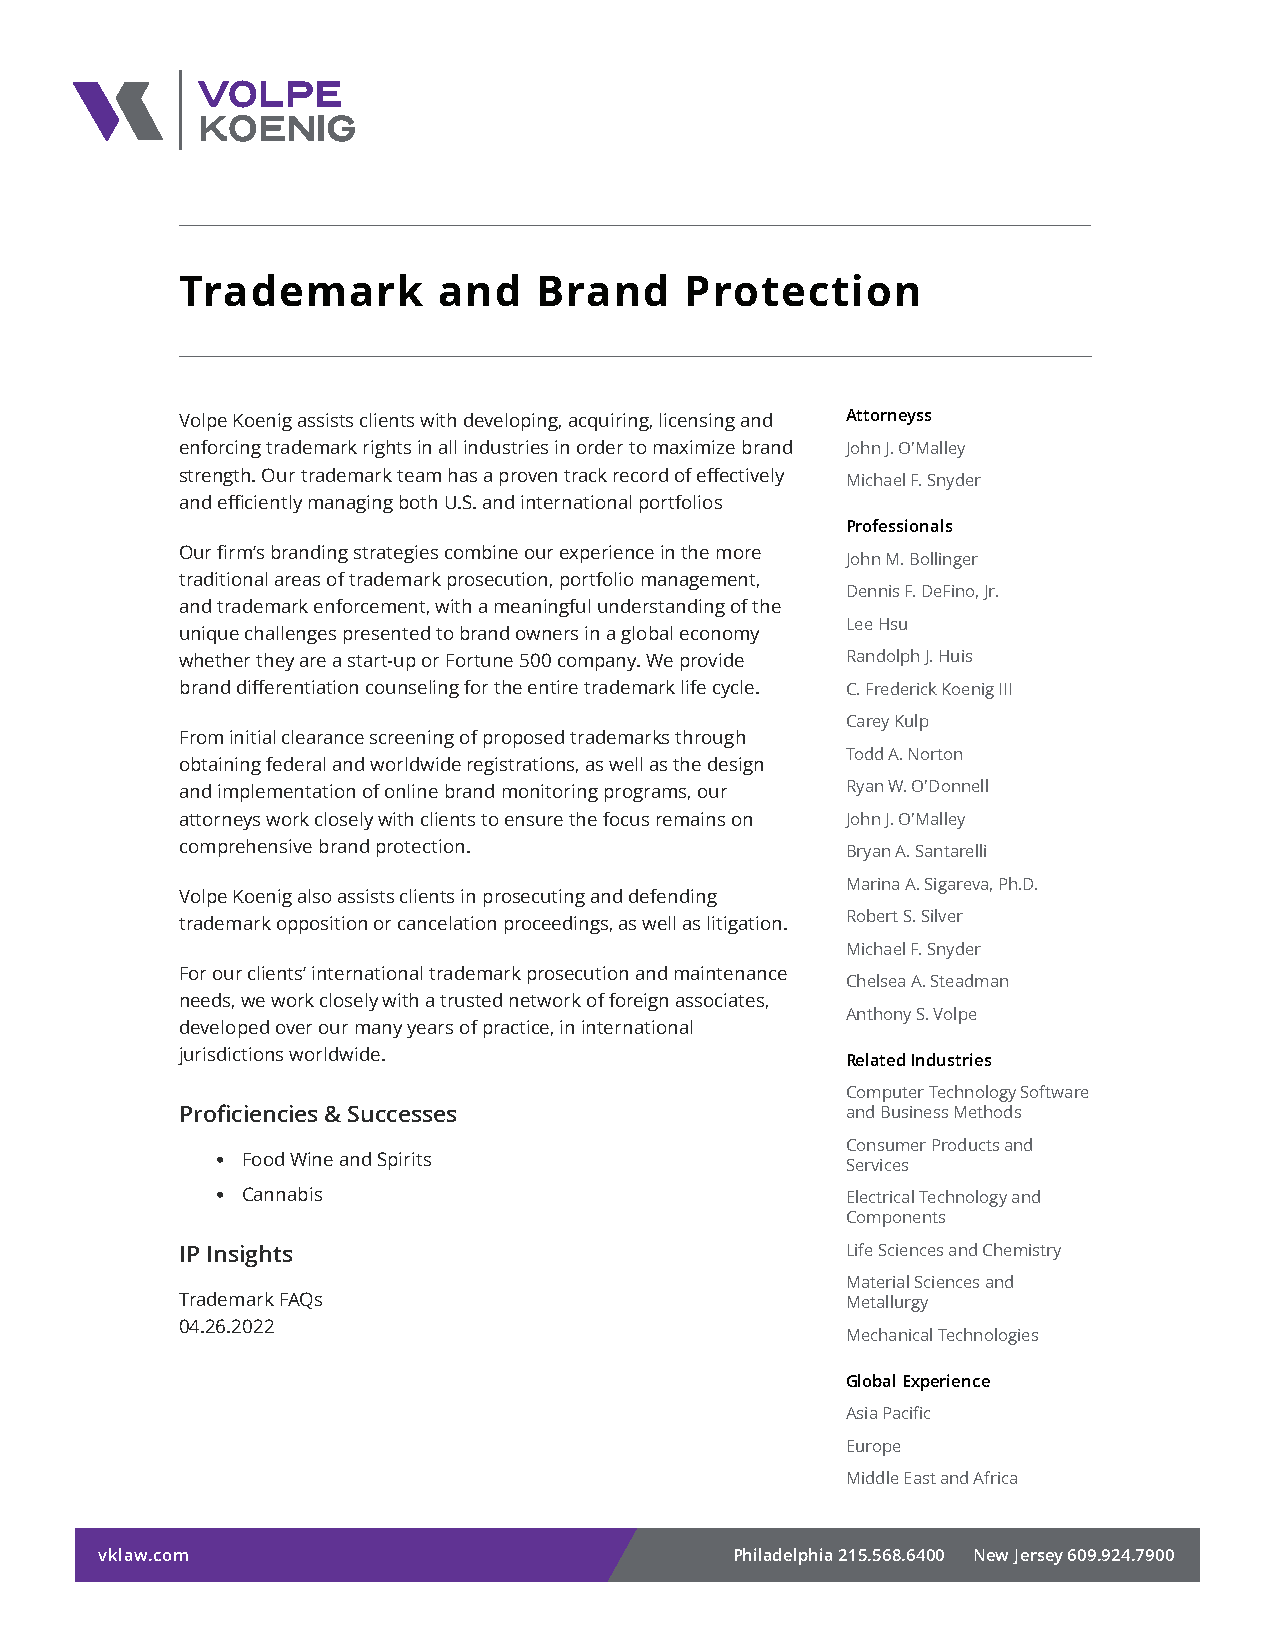
Trademark        and   Brand     Protection
 Volpe Koenig assists clients with developing, acquiring, licensing and Attorneyss
 enforcing trademark rights in all industries in order to maximize brand John J. O'Malley
 strength. Our trademark team has a proven track record of effectively
 Michael F. Snyder
 and efficiently managing both U.S. and international portfolios
 Professionals
 Our firm’s branding strategies combine our experience in the more
 John M. Bollinger
 traditional areas of trademark prosecution, portfolio management,
 Dennis F. DeFino, Jr.
 and trademark enforcement, with a meaningful understanding of the
 Lee Hsu
 unique challenges presented to brand owners in a global economy
 whether they are a start-up or Fortune 500 company. We provide Randolph J. Huis
 brand differentiation counseling for the entire trademark life cycle. C. Frederick Koenig III
 Carey Kulp
 From initial clearance screening of proposed trademarks through
 Todd A. Norton
 obtaining federal and worldwide registrations, as well as the design
 and implementation of online brand monitoring programs, our Ryan W. O'Donnell
 attorneys work closely with clients to ensure the focus remains on John J. O'Malley
 comprehensive brand protection.
 Bryan A. Santarelli
 Marina A. Sigareva, Ph.D.
 Volpe Koenig also assists clients in prosecuting and defending
 trademark opposition or cancelation proceedings, as well as litigation. Robert S. Silver
 Michael F. Snyder
 For our clients’ international trademark prosecution and maintenance
 Chelsea A. Steadman
 needs, we work closely with a trusted network of foreign associates,
 Anthony S. Volpe
 developed over our many years of practice, in international
 jurisdictions worldwide.
 Related Industries
 Computer Technology Software
 Proficiencies & Successes                   and Business Methods
 Consumer Products and
 ● Food Wine and Spirits                   Services
 ● Cannabis                                Electrical Technology and
 Components
 IP Insights                                 Life Sciences and Chemistry
 Material Sciences and
 Trademark FAQs                              Metallurgy
 04.26.2022
 Mechanical Technologies
 Global Experience
 Asia Pacific
 Europe
 Middle East and Africa
 vklaw.com                                  Philadelphia 215.568.6400 New Jersey 609.924.7900